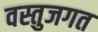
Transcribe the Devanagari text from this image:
वस्तुजगत